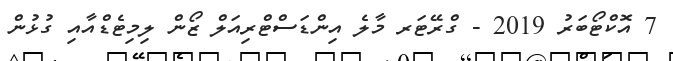
7 އޮކްޓޯބަރު 2019 - ގްރޭޓަރ މާލެ އިންޑަސްޓްރިއަލް ޒޯން ލިމިޓެޑްއާއި ގުޅުން